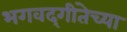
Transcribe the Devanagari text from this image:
भगवद्‌गीतेच्या